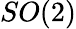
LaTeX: SO(2)